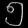
Digit: ၅